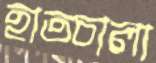
হাতচালা